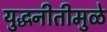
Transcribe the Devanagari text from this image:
युद्धनीतीमुळे